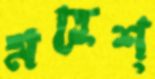
মহেশ্